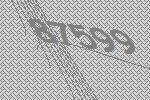
87599